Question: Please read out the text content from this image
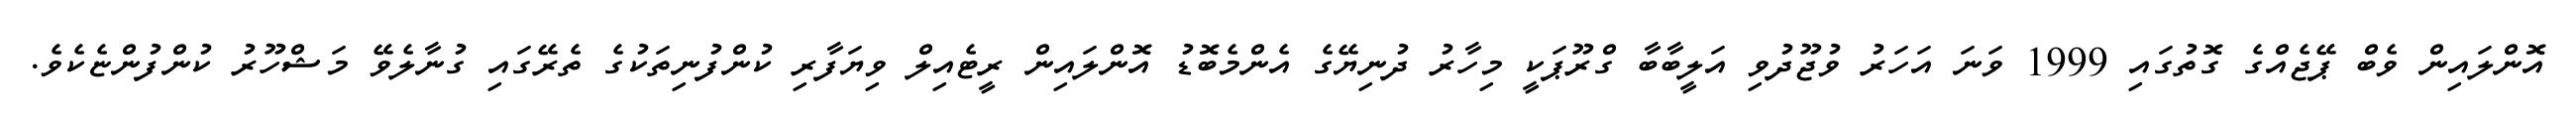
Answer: އޮންލައިން ވެބް ޕޭޖެއްގެ ގޮތުގައި 1999 ވަނަ އަހަރު ވުޖޫދުވި އަލީބާބާ ގްރޫޕަކީ މިހާރު ދުނިޔޭގެ އެންމެބޮޑު އޮންލައިން ރީޓެއިލް ވިޔަފާރި ކުންފުނިތަކުގެ ތެރޭގައި ގުނާލެވޭ މަޝްހޫރު ކުންފުންޏެކެވެ.